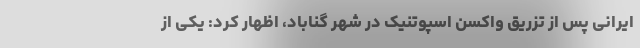
ایرانی پس از تزریق واکسن اسپوتنیک در شهر گناباد، اظهار کرد: یکی از